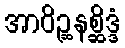
အာဝိဉ္ဆနစ္ဆိဒ္ဒံ